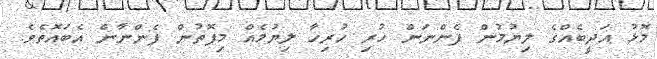
މޮޅު އަދީބެއްގެ ލިޔުމުން ފެންނަން ހުރި ހުރިހާ ލިޔުމެއް މިފޮތުން ފެންނާން އެބައޮތެވެ.